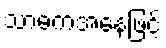
သာဓကအနေဖြင့်